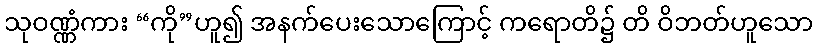
သုဝဏ္ဏံကား “ကို”ဟူ၍ အနက်ပေးသောကြောင့် ကရောတိ၌ တိ ဝိဘတ်ဟူသော